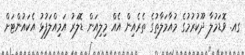
ގއ. ވޮޑަމުލާ ދޫކުރުމުގެ މުއާމަލާތުގެ ތެރެއިން އެއް މިލިއަން ޑޮލަރު އަމިއްލަފުޅު އެކައުންޓަށް